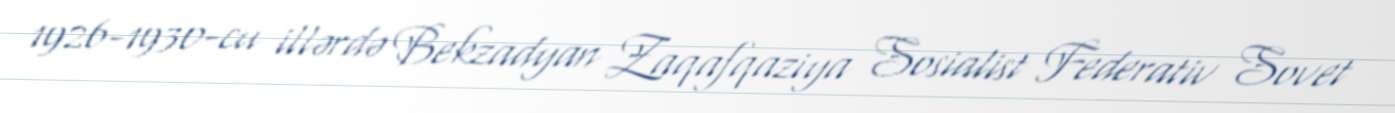
1926-1930-cu illərdə Bekzadyan Zaqafqaziya Sosialist Federativ Sovet